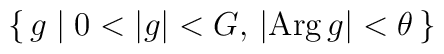
\left\{\,g\mid0<|g|<G,\,|{\rm Arg}\,g|<\theta\,\right\}